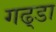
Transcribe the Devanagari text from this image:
गढ्‌डा